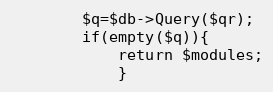
Language: PHP
		$q=$db->Query($qr);
		if(empty($q)){
			return $modules;
			}